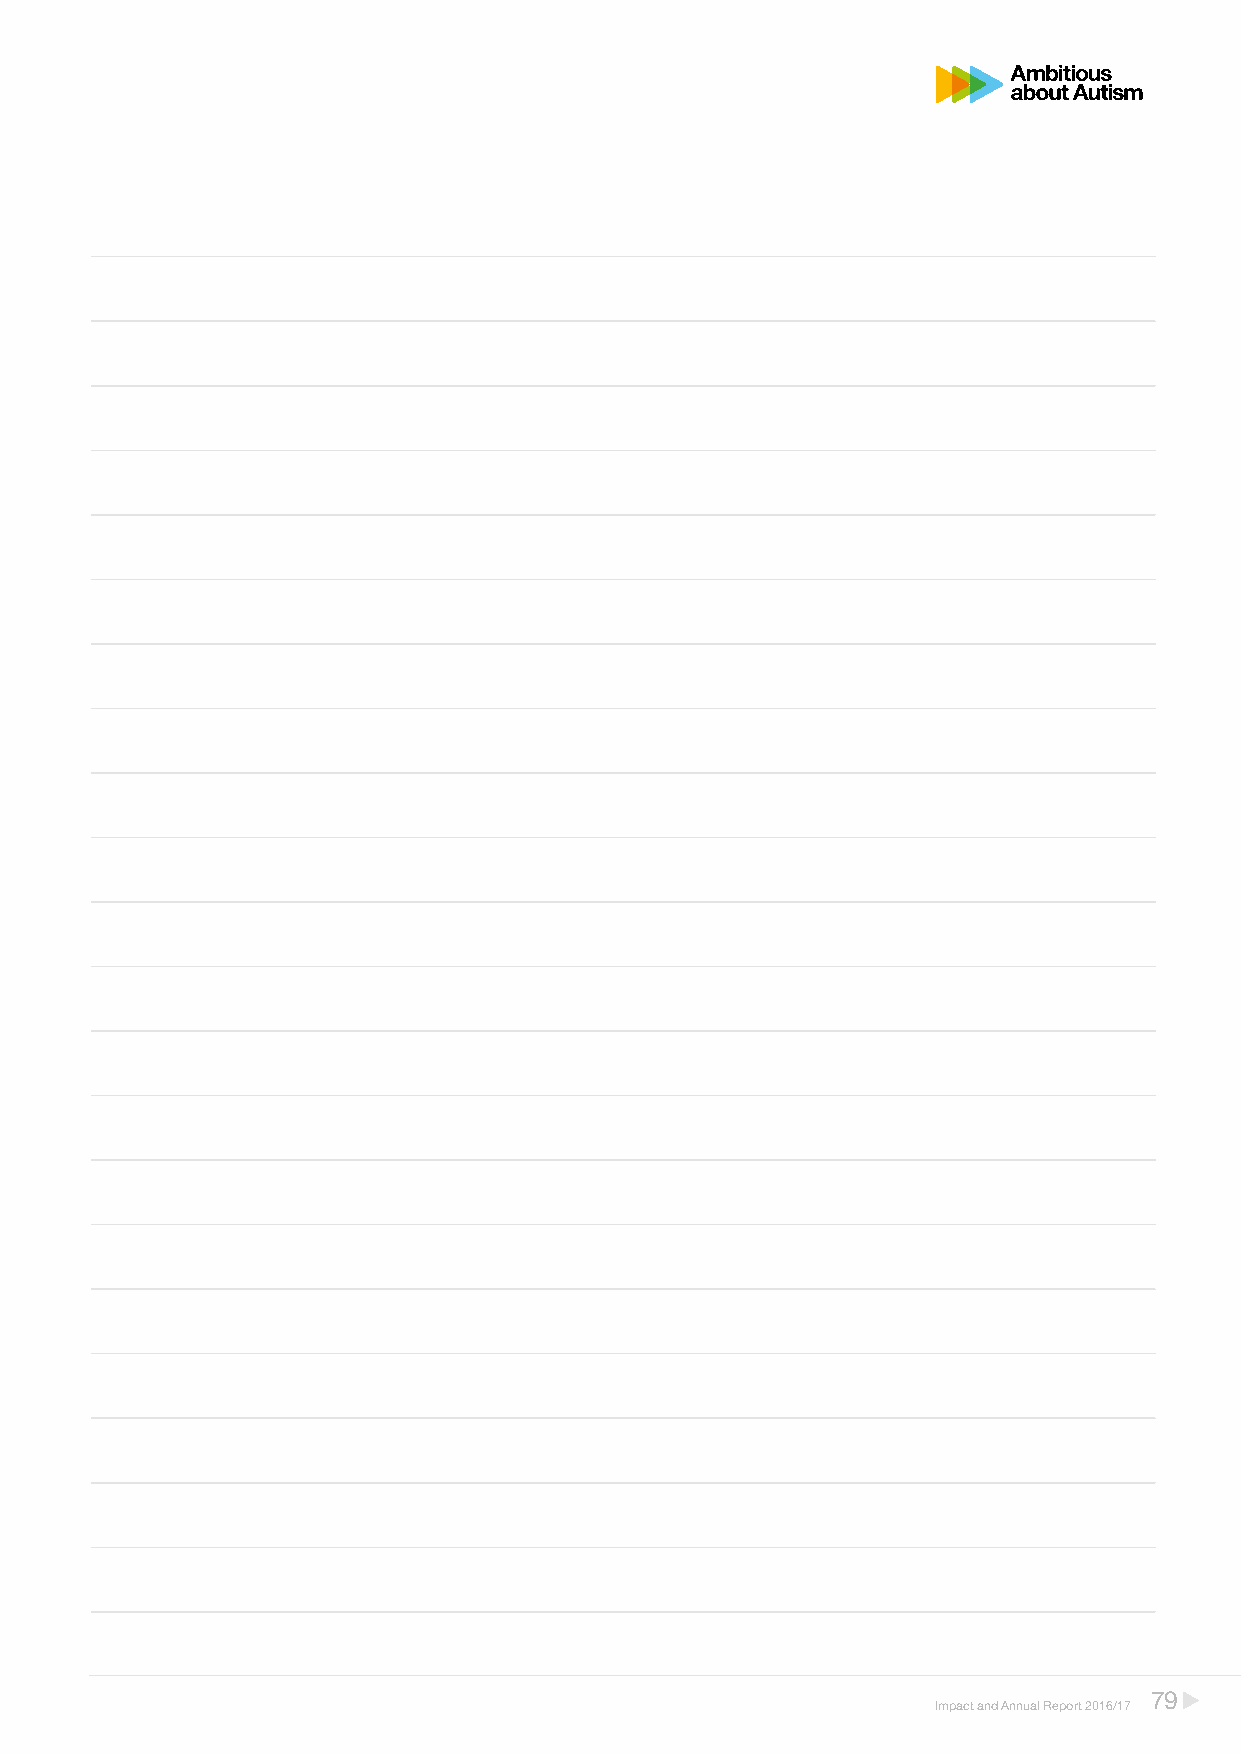
79
 Impact and Annual Report 2016/17